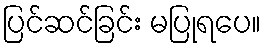
ပြင်ဆင်ခြင်း မပြုရပေ။